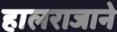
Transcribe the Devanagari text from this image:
हालराजाने